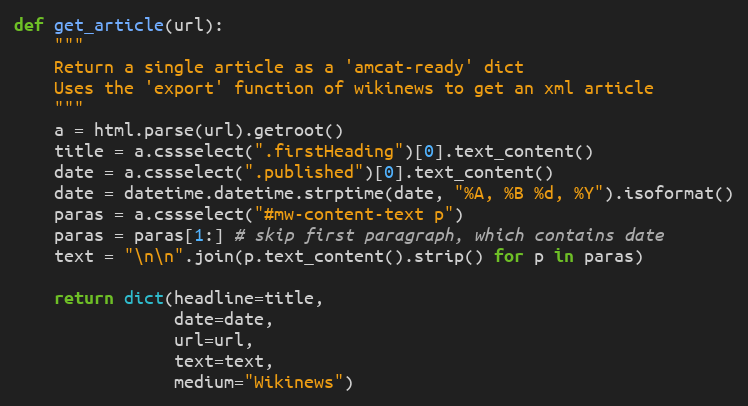
Language: Python
def get_article(url):
    """
    Return a single article as a 'amcat-ready' dict
    Uses the 'export' function of wikinews to get an xml article
    """
    a = html.parse(url).getroot()
    title = a.cssselect(".firstHeading")[0].text_content()
    date = a.cssselect(".published")[0].text_content()
    date = datetime.datetime.strptime(date, "%A, %B %d, %Y").isoformat()
    paras = a.cssselect("#mw-content-text p")
    paras = paras[1:] # skip first paragraph, which contains date
    text = "\n\n".join(p.text_content().strip() for p in paras)

    return dict(headline=title,
                date=date,
                url=url,
                text=text,
                medium="Wikinews")